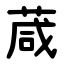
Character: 葴